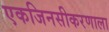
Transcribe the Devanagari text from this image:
एकजिनसीकरणाला